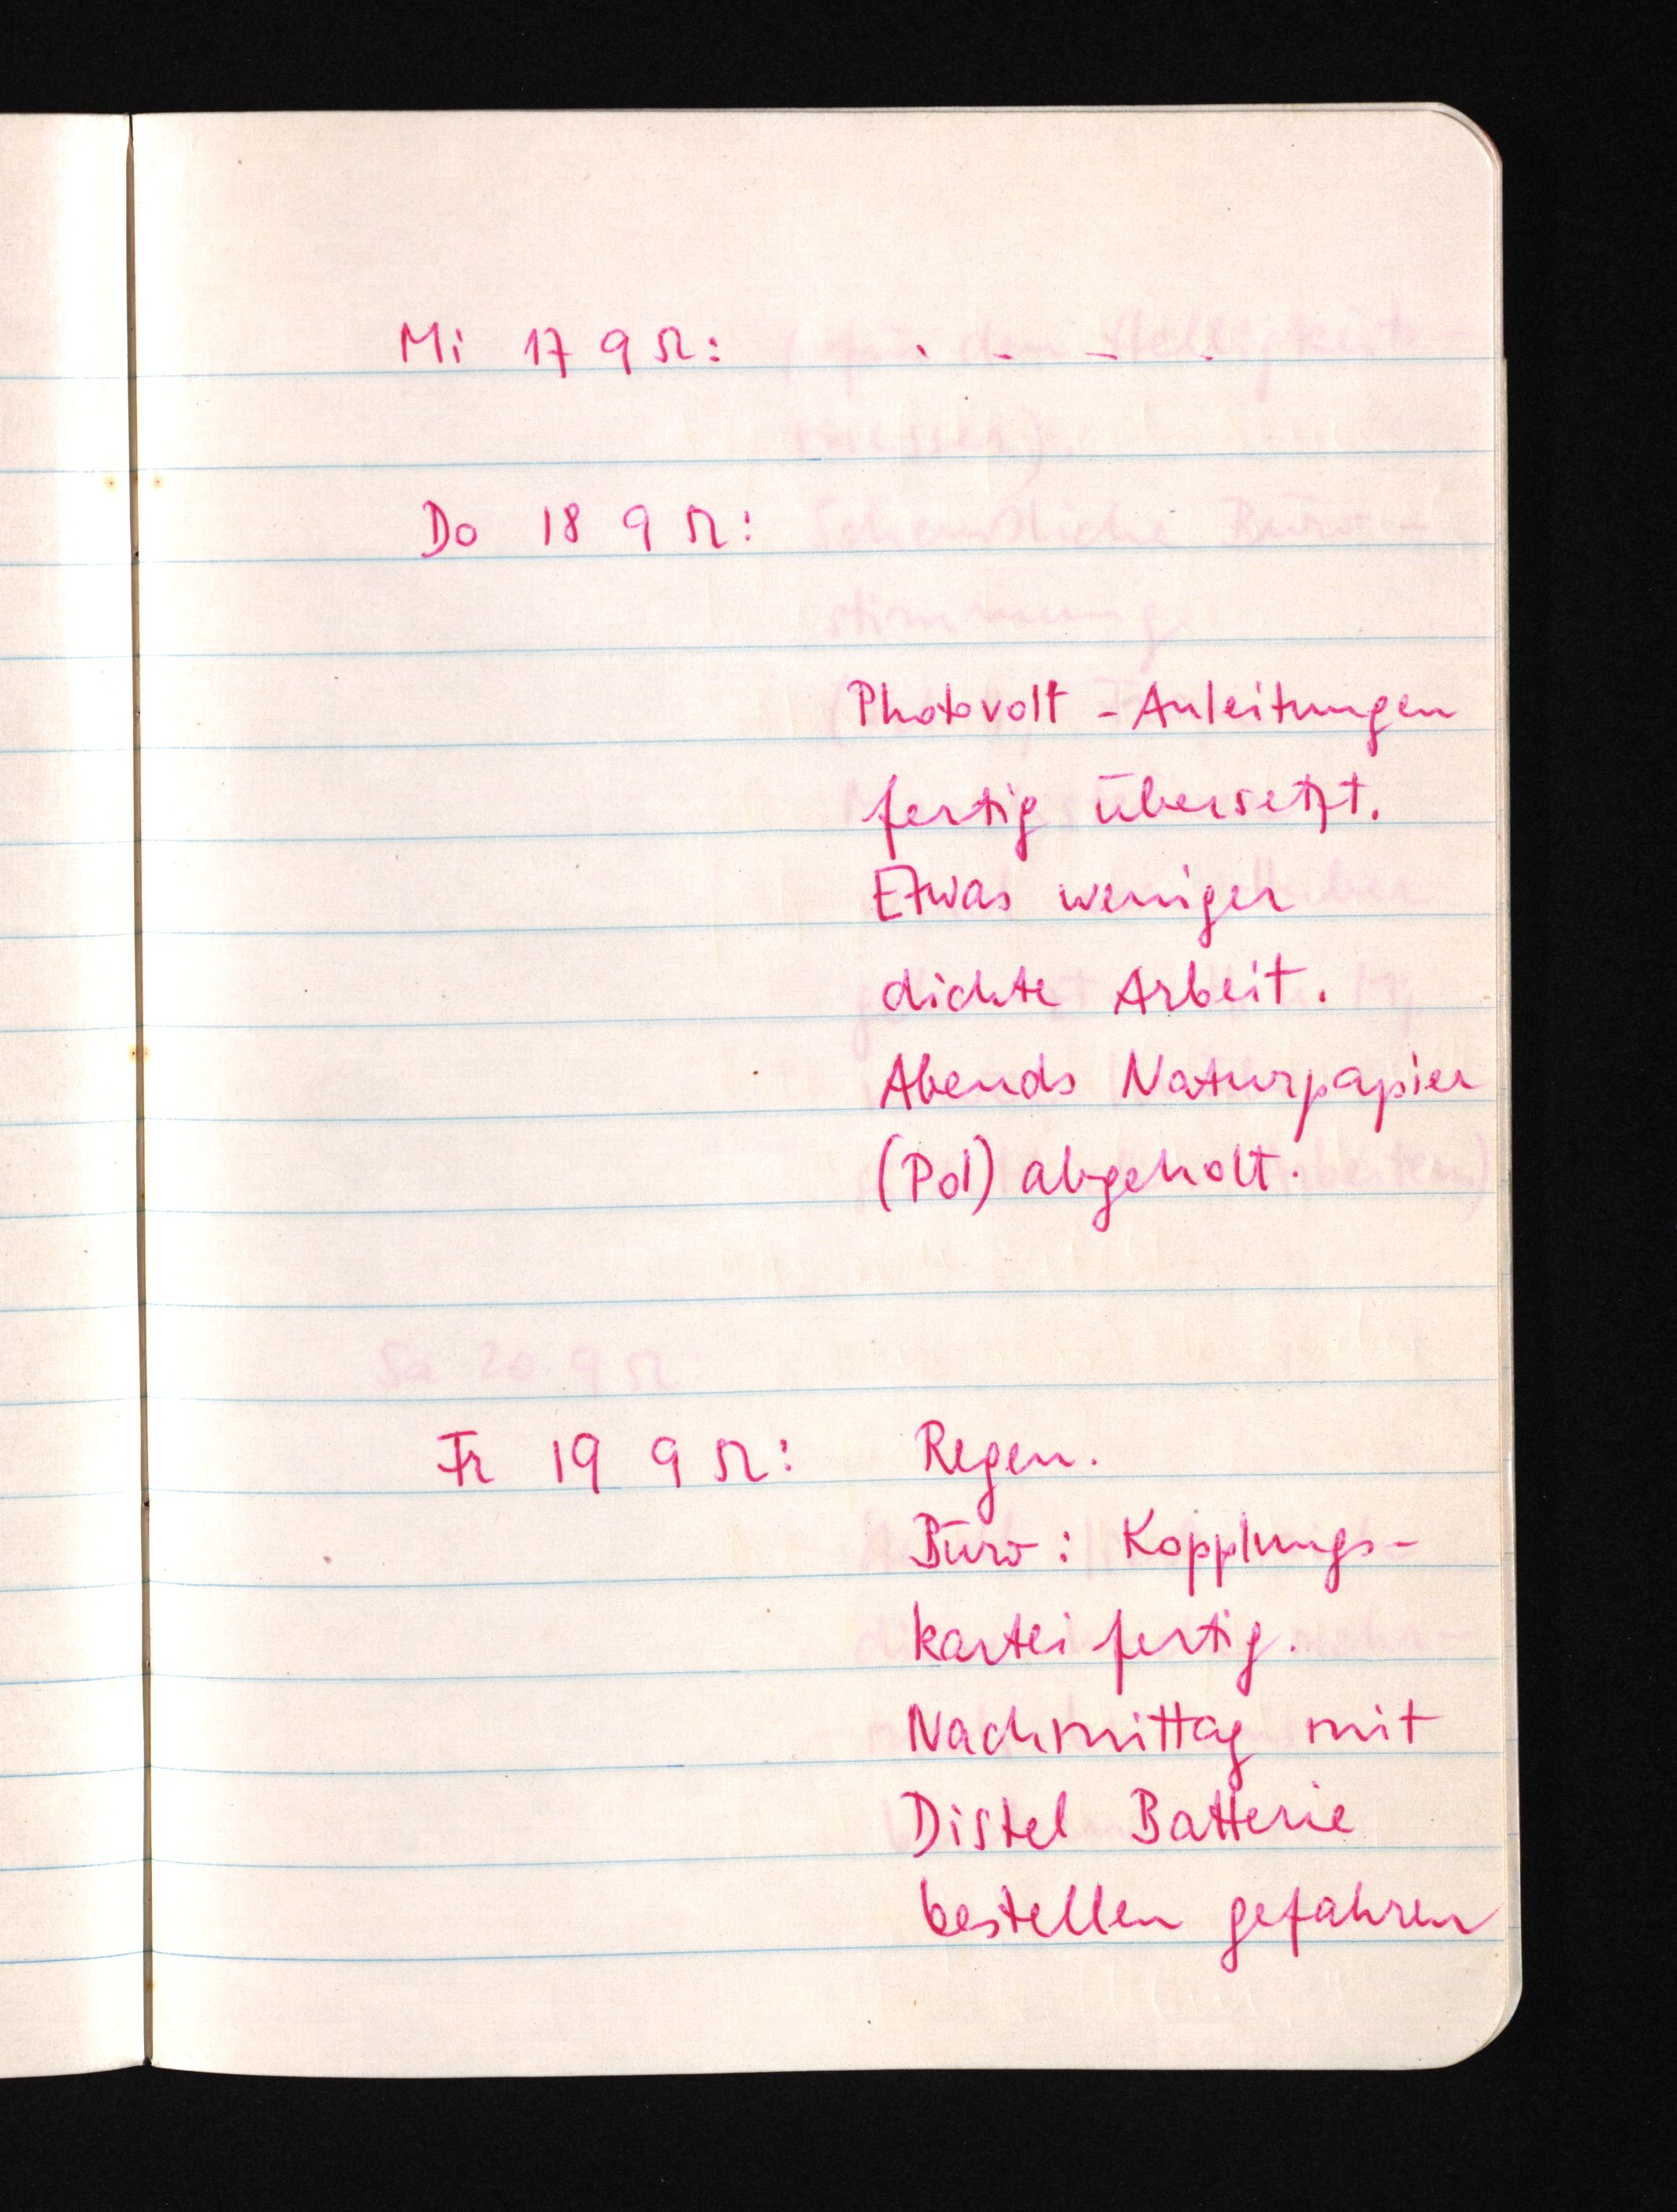
Mi 17 9 52: ....
Do 18 9 52:
Photovolt-Anleitungen
fertig übersetzt.
Etwas weniger
dichte Arbeit.
Abends Naturpapier
(Pol) abgeholt.
Fr 19 9 52: Regen.
Büro: Kopplungs¬
kartei fertig.
Nachmittag mit
Distel Batterie
bestellen gefahren